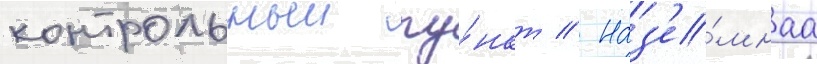
контрольныи пу́нкт // Наз'е́мнаа